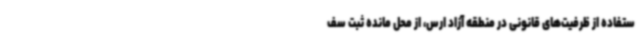
ستفاده از ظرفیت‌های قانونی در منطقه آزاد ارس، از محل مانده ثبت سف